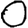
Digit: 0